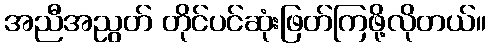
အညီအညွတ် တိုင်ပင်ဆုံးဖြတ်ကြဖို့လိုတယ်။